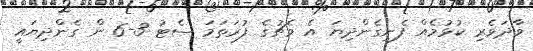
ވާދަވެރި ކުޅުމެއް ފެނިގެންދިޔަ އެ މެޗުގެ ފުރަތަމަ ސެޓު 3-6 ން ގެންދިޔައީ